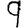
Digit: 9